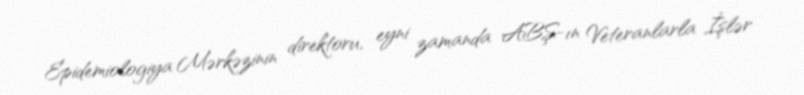
Epidemiologiya Mərkəzinin direktoru, eyni zamanda ABŞ-ın Veteranlarla İşlər